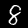
Digit: 8